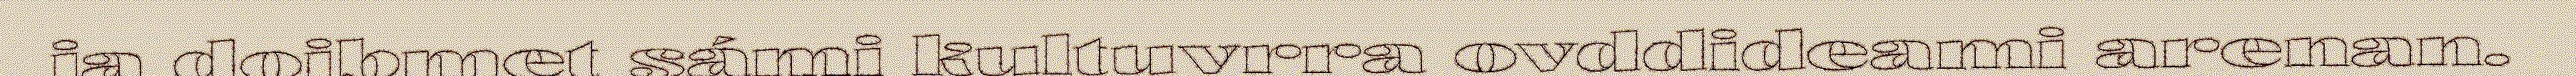
ja doibmet sámi kultuvrra ovddideami arenan.